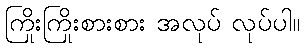
ကြိုးကြိုးစားစား အလုပ် လုပ်ပါ။